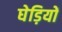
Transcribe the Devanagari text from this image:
घेड़ियों